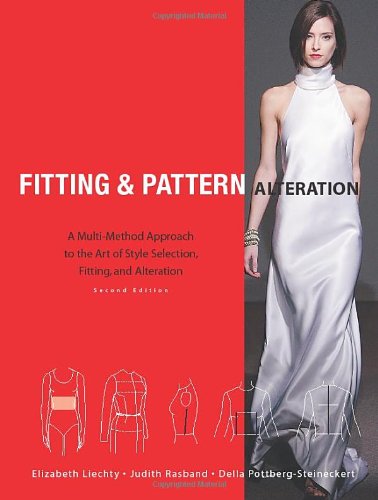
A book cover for Fitting and Pattern Alteration: A Multi-Method Approach to the Art of Style Selection, Fitting, and Alteration; Elizabeth L. Liechty; Crafts, Hobbies & Home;